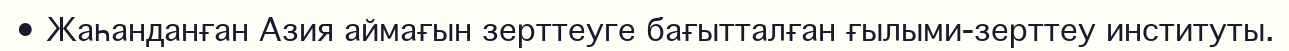
• Жаһанданған Азия аймағын зерттеуге бағытталған ғылыми-зерттеу институты.